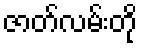
ဇာတ်လမ်းတို